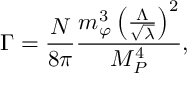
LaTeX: \Gamma = \frac { N } { 8 \pi } \frac { m _ { \varphi } ^ { 3 } \left( \frac { \Lambda } { \sqrt { \lambda } } \right) ^ { 2 } } { M _ { P } ^ { 4 } } ,